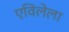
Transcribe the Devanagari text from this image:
एविलेला